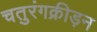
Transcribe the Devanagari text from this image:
चतुरंगक्रीड़न